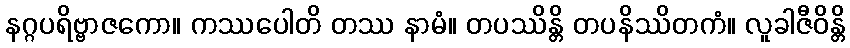
နဂ္ဂပရိဗ္ဗာဇကော။ ကဿပေါတိ တဿ နာမံ။ တပဿိန္တိ တပနိဿိတကံ။ လူခါဇီဝိန္တိ